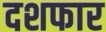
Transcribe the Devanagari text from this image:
दशफार